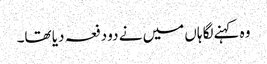
وہ کہنےلگا ہاں میں نے دو دفعہ دیا تھا۔